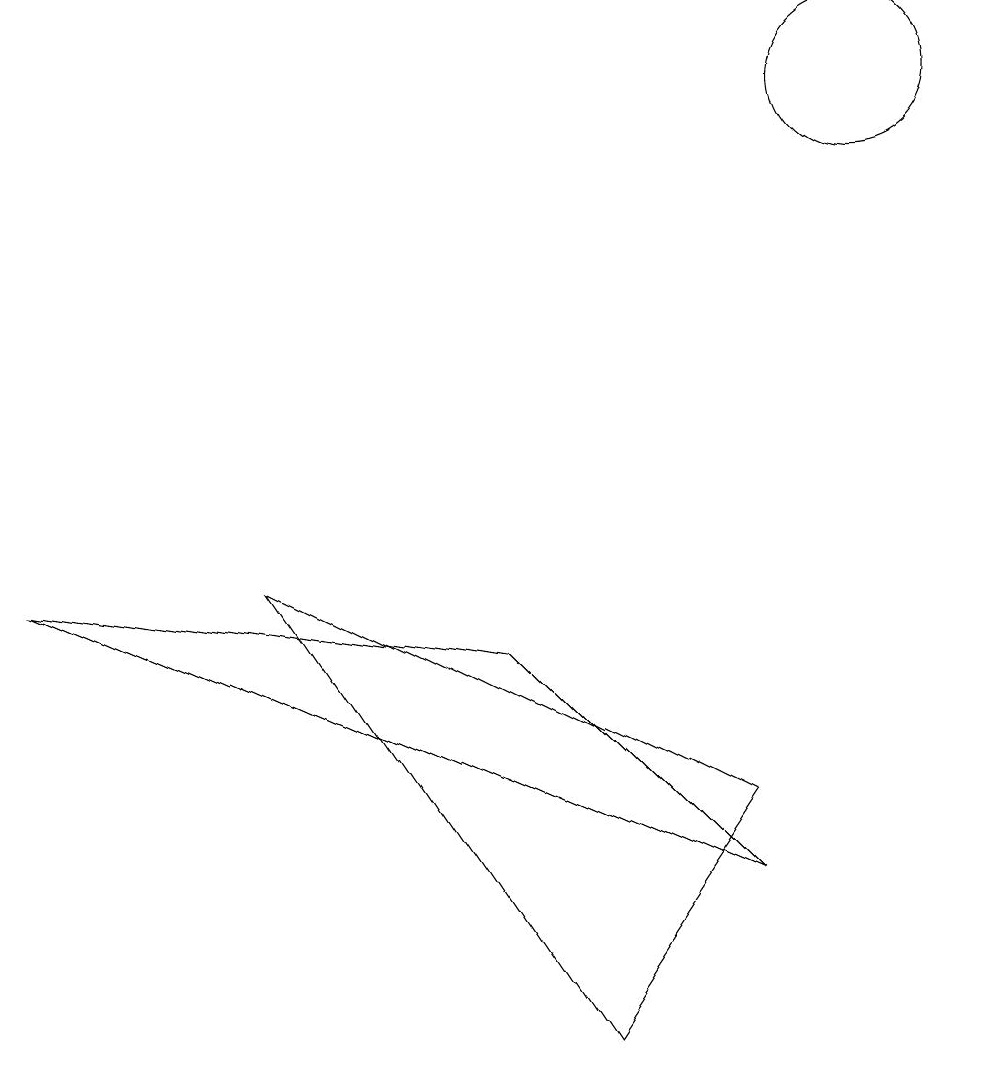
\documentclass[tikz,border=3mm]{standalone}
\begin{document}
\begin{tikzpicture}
\draw (3,6) -- (7,0) -- (9,3) -- cycle;
\draw (9,2) -- (6,5) -- (0,6) -- cycle;
\draw (11,10) circle (0);
\draw (11,12) circle (1);
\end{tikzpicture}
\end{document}